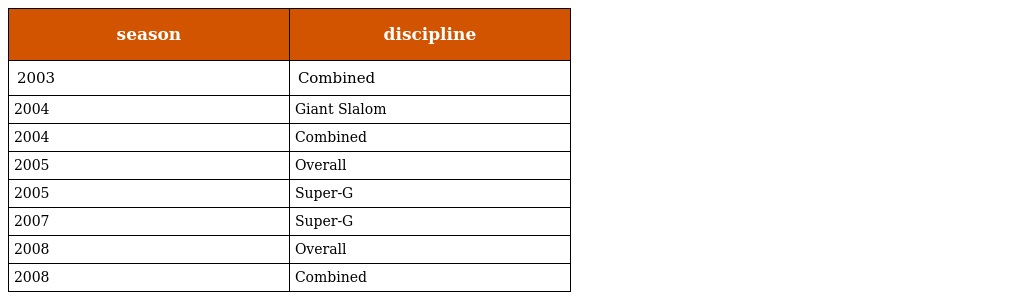
| season | discipline |
 | --- | --- |
 | 2003 | Combined |
 | 2004 | Giant Slalom |
 | 2004 | Combined |
 | 2005 | Overall |
 | 2005 | Super-G |
 | 2007 | Super-G |
 | 2008 | Overall |
 | 2008 | Combined |